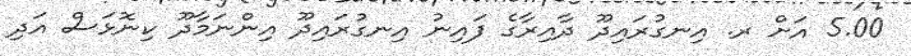
5.00 އަށް ރ. އިނގުރައިދޫ ދާއިރާގެ ފައިނު އިނގުރައިދޫ އިންނަމާދޫ ކިނޮޅަސް އަދި